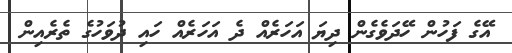
އޭގެ ފަހުން ހޭދަވެގެން ދިޔަ އަހަރެއް ދެ އަހަރެއް ހައި ދުވަހުގެ ތެރެއިން